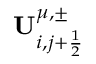
\mathbf { U } _ { i , j + \frac { 1 } { 2 } } ^ { \mu , \pm }